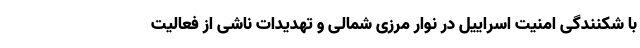
با شکنندگی امنیت اسراییل در نوار مرزی شمالی و تهدیدات ناشی از فعالیت